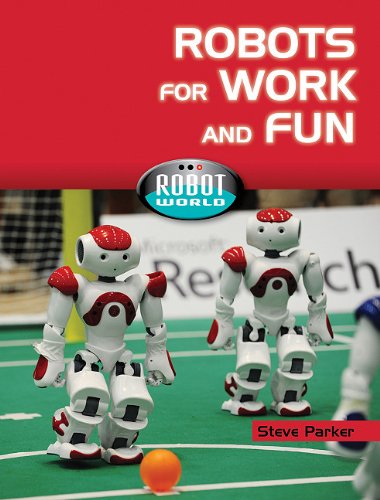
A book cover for Robots for Work and Fun (Robot World); Steve Parker; Children's Books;